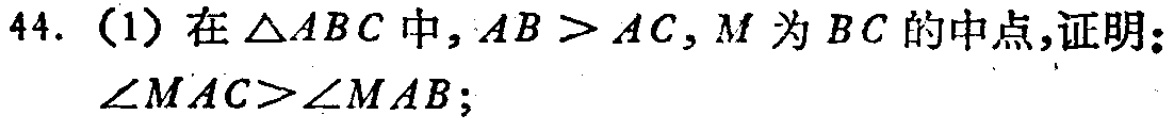
44. (1) 在\(\triangle ABC\)中，\(AB > AC\)，\(M\)为\(BC\)的中点，证明：\(\angle MAC>\angle MAB\)；